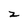
Character: 2